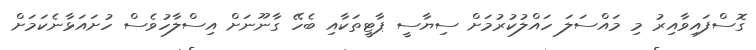
ގޮސްފައިވާއިރު މި މައްސަލަ ހައްލުކުުރުމަށް ސިޔާސީ ޕާޓީތަކާއި ބެހޭ ގާނޫނަށް އިސްލާހުވެސް ހުށައަޅާނެކަމަށް